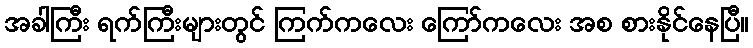
အခါကြီး ရက်ကြီးများတွင် ကြက်ကလေး ကြော်ကလေး အစ စားနိုင်နေပြီ။